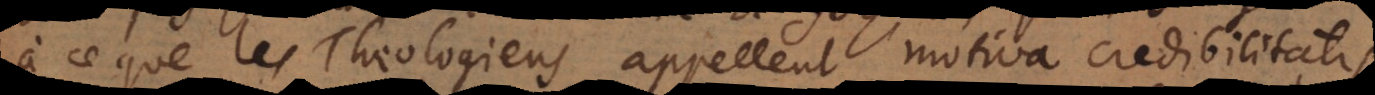
à ce que les Theologiens appellent motiva credibilitatis,